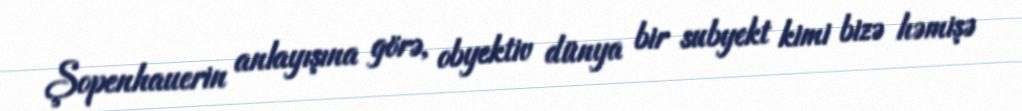
Şopenhauerin anlayışına görə, obyektiv dünya bir subyekt kimi bizə həmişə